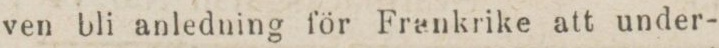
ven bli anledning för Frankrike att under-